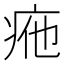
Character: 𤵩